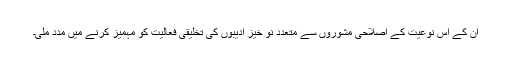
ان کے اس نوعیت کے اصلاحی مشوروں سے متعدد نو خیز ادیبوں کی تخلیقی فعالیت کو مہمیز کرنے میں مدد ملی۔